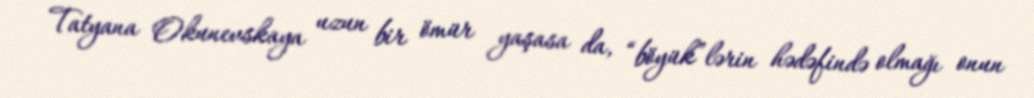
Tatyana Okunevskaya uzun bir ömür yaşasa da, “böyük”lərin hədəfində olmağı onun